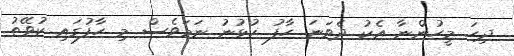
ދިހަ މީހުންނާ އެކު ދެވަނަ ހާފު ކުޅުނު ނަމަވެސް މި ހާފުގައި ކުވޭތު